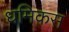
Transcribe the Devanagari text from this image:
धमिकस